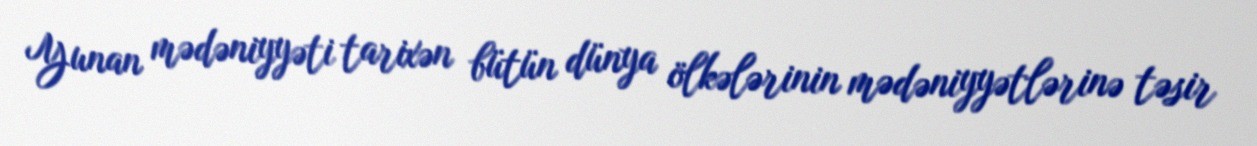
Yunan mədəniyyəti tarixən bütün dünya ölkələrinin mədəniyyətlərinə təsir